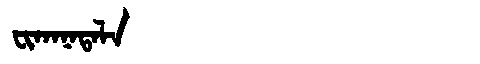
Manchu: ᠸᡳᡴᠠᠨᠠᡨᠠᠯᠠ
Romanization: FIKANATALA